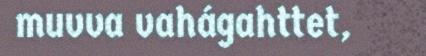
muvva vahágahttet,